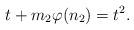
LaTeX: \begin{align*}t+m_2\varphi(n_2)=t^2.\end{align*}